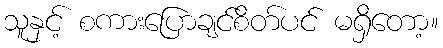
သူနှင့် စကားပြောချင်စိတ်ပင် မရှိတော့။